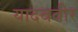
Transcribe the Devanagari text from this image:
यादववीर